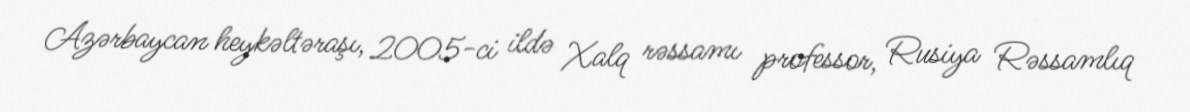
Azərbaycan heykəltəraşı, 2005-ci ildə Xalq rəssamı professor, Rusiya Rəssamlıq